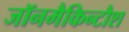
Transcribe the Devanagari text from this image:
जॉनमैकिन्टौश